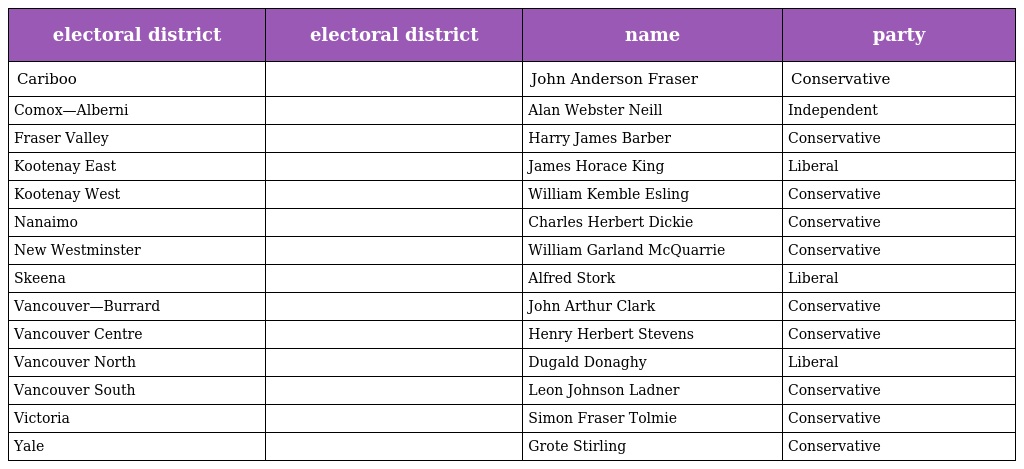
| electoral district | electoral district | name | party |
 | --- | --- | --- | --- |
 | Cariboo |  | John Anderson Fraser | Conservative |
 | Comox—Alberni |  | Alan Webster Neill | Independent |
 | Fraser Valley |  | Harry James Barber | Conservative |
 | Kootenay East |  | James Horace King | Liberal |
 | Kootenay West |  | William Kemble Esling | Conservative |
 | Nanaimo |  | Charles Herbert Dickie | Conservative |
 | New Westminster |  | William Garland McQuarrie | Conservative |
 | Skeena |  | Alfred Stork | Liberal |
 | Vancouver—Burrard |  | John Arthur Clark | Conservative |
 | Vancouver Centre |  | Henry Herbert Stevens | Conservative |
 | Vancouver North |  | Dugald Donaghy | Liberal |
 | Vancouver South |  | Leon Johnson Ladner | Conservative |
 | Victoria |  | Simon Fraser Tolmie | Conservative |
 | Yale |  | Grote Stirling | Conservative |